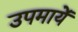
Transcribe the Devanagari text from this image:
उपमायें